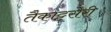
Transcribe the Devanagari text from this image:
तैकाट्टसेरी